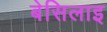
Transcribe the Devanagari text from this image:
बेसिलाइ